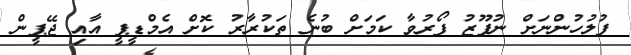
ފުލުހުންނަށް ނުފޫޒު ފޯރުވާ ކަމަށް ބުނެ ތަކުރާރު ކޮށް އެމްޑީޕީ އާއި ޖޭޕީން